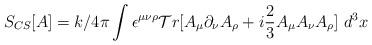
LaTeX: \begin{align*}S_{CS}[A] = k/4\pi \int \epsilon^{\mu\nu\rho} {\cal T}r[A_{\mu} \partial_{\nu}A_{\rho} + i\frac{2}{3}A_{\mu}A_{\nu}A_{\rho}] \ d^3 x\end{align*}